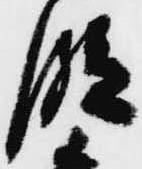
段